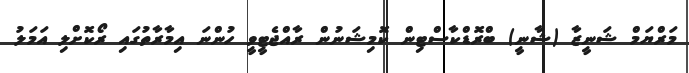
މަރްޔަމް ޝަނީޒާ (ޝާނީ) ބްރޮޑްކާސްޓިން ކޮމިޝަނުން ރާއްޖެޓީވީ ހުންނަ އިމާރާތުގައި ރޯކޮށްލި އަމަލު